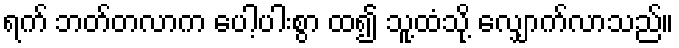
ရက် ဘတ်တလာက ပေါ့ပါးစွာ ထ၍ သူ့ထံသို့ လျှောက်လာသည်။